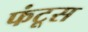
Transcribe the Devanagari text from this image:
फंटूस